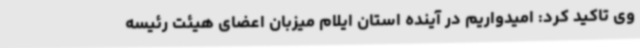
وی تاکید کرد: امیدواریم در آینده استان ایلام میزبان اعضای هیئت رئیسه